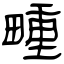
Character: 畽